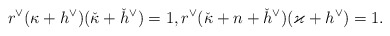
\begin{align*}r^\vee (\kappa+h^\vee) (\check{\kappa}+\check{h}^\vee)=1,r^\vee (\check{\kappa}+n+\check{h}^\vee)(\varkappa+h^\vee)=1.\end{align*}